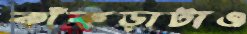
কাঁকড়াটাও